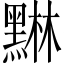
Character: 𮮙